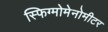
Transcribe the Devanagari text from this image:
स्फिग्मोमेनोमीटर